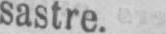
sastre.